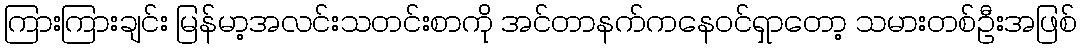
ကြားကြားချင်း မြန်မာ့အလင်းသတင်းစာကို အင်တာနက်ကနေဝင်ရှာတော့ သမားတစ်ဦးအဖြစ်